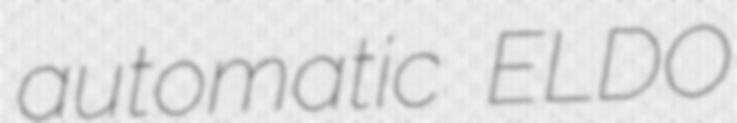
automatic ELDO